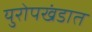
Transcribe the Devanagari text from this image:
युरोपखंडात